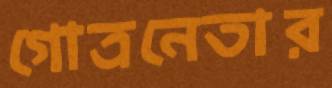
গোত্রনেতার